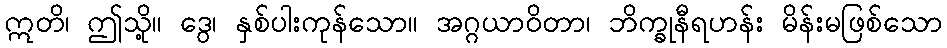
ဣတိ၊ ဤသို့။ ဒွေ၊ နှစ်ပါးကုန်သော။ အဂ္ဂယာဝိတာ၊ ဘိက္ခုနီရဟန်း မိန်းမဖြစ်သော